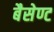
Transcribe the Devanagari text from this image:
बैसेण्ट